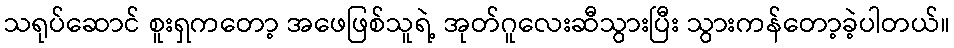
သရုပ်ဆောင် စူးရှကတော့ အဖေဖြစ်သူရဲ့ အုတ်ဂူလေးဆီသွားပြီး သွားကန်တော့ခဲ့ပါတယ်။